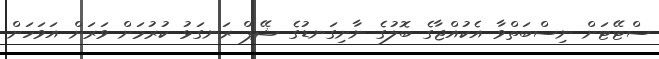
ސްޓޭޓަށް ނިސްބަތްވާ އެކުއްޖާގެ ބޮލުގެ ނާށިގަނޑުގެ ޝޭޕް ރަނގަޅު ކުރުމަށް ވަރަށް އަވަހަށް